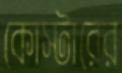
কোস্টারের